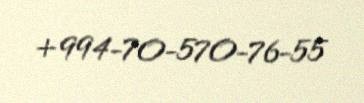
+994-70-570-76-55